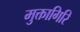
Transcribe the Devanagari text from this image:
मुक्तागिरि